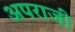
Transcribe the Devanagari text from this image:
अपराजी